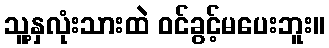
သူ့နှလုံးသားထဲ ဝင်ခွင့်မပေးဘူး။